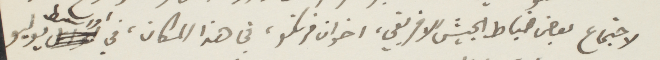
لاجتماع بعض ضباط الجيش الافريقي، اخوان فرنكو، في هذا المكان، في اواسط يوليو